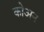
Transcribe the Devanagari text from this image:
कोअन